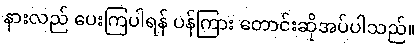
နားလည် ပေးကြပါရန် ပန်ကြား တောင်းဆိုအပ်ပါသည်။